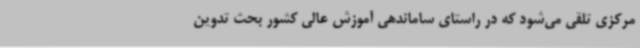
مرکزی تلقی می‌شود که در راستای ساماندهی آموزش عالی کشور بحث تدوین